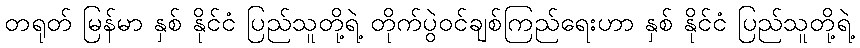
တရုတ် မြန်မာ နှစ် နိုင်ငံ ပြည်သူတို့ရဲ့ တိုက်ပွဲဝင်ချစ်ကြည်ရေးဟာ နှစ် နိုင်ငံ ပြည်သူတို့ရဲ့